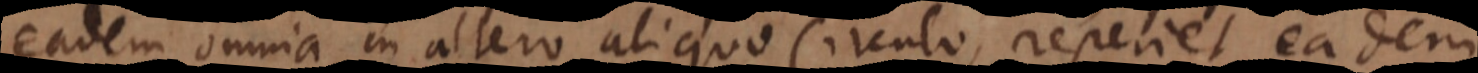
eadem omnia in altero aliquo Circulo, reperiet, eadem